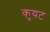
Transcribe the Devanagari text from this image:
कुयट